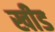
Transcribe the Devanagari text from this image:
खीड